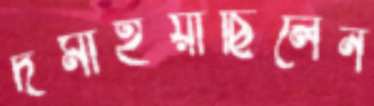
দমাইয়াছিলেন